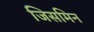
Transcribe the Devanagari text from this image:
जिसमिन